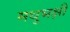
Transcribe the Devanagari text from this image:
मधुभक्षी